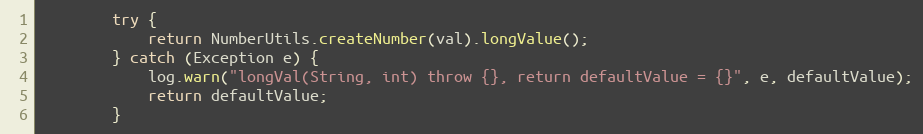
Language: Java
        try {
            return NumberUtils.createNumber(val).longValue();
        } catch (Exception e) {
            log.warn("longVal(String, int) throw {}, return defaultValue = {}", e, defaultValue);
            return defaultValue;
        }